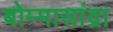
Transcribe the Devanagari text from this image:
बोम्मासांद्रा